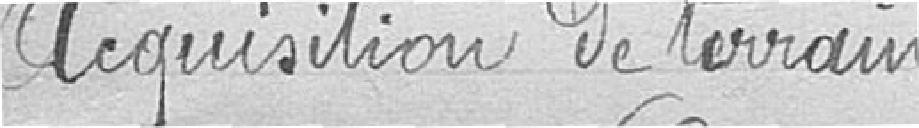
Acquisition de terrain